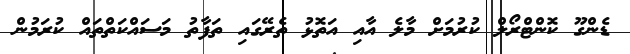
ޑެންގޫ ކޮންޓްރޯލް ކުރުމަށް މާލެ އާއި އަތޮޅު ތެރޭގައި ތަފާތު މަސައްކަތްތައް ކުރަމުން